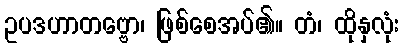
ဥပဒဟာတဗ္ဗော၊ ဖြစ်စေအပ်၏။ တံ၊ ထိုနှလုံး